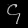
Digit: ၄